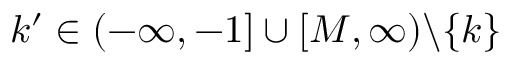
k ^ { \prime } \in ( - \infty , - 1 ] \cup [ M , \infty ) \backslash \{ k \}